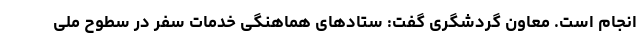
انجام است. معاون گردشگری گفت: ستادهای هماهنگی خدمات سفر در سطوح ملی